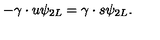
- \gamma \cdot u \psi _ { 2 L } = \gamma \cdot s \psi _ { 2 L } .